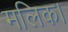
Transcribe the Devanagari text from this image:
मलिक।